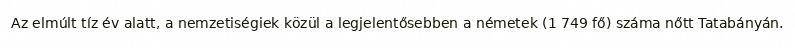
Az elmúlt tíz év alatt, a nemzetiségiek közül a legjelentősebben a németek (1 749 fő) száma nőtt Tatabányán.